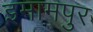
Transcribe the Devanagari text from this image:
इमामपुर